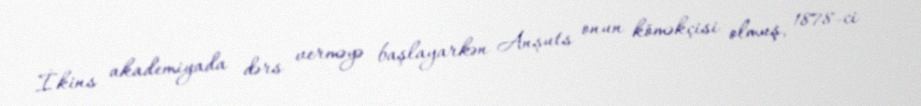
İkins akademiyada dərs verməyə başlayarkən Anşuts onun köməkçisi olmuş, 1878-ci